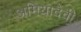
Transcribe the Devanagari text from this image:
अमियादेवी